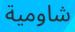
شاومیة